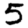
Digit: 5